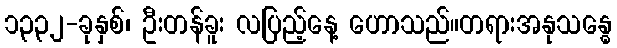
၁၃၃၂-ခုနှစ်၊ ဦးတန်ခူး လပြည့်နေ့ ဟောသည်။တရားအနုသန္ဓေ